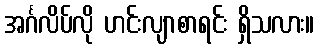
အင်္ဂလိပ်လို ဟင်းလျာစာရင်း ရှိသလား။